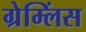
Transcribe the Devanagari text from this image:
ग्रेम्लिंस